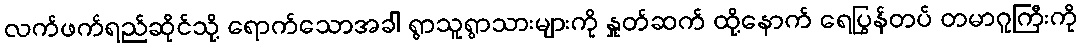
လက်ဖက်ရည်ဆိုင်သို့ ရောက်သောအခါ ရွာသူရွာသားများကို နှုတ်ဆက် ထို့နောက် ရေပြွန်တပ် တမာဂူကြီးကို